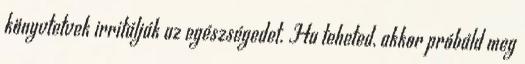
könyvtetvek irritálják az egészségedet. Ha teheted, akkor próbáld meg